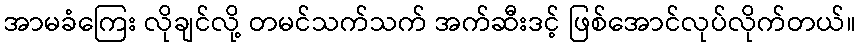
အာမခံကြေး လိုချင်လို့ တမင်သက်သက် အက်ဆီးဒင့် ဖြစ်အောင်လုပ်လိုက်တယ်။